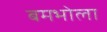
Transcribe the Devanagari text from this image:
बमभोला